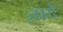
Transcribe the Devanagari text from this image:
ज़ादे